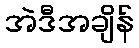
အဲဒီအချိန်